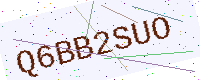
Text: Q6BB2SUO